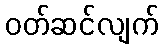
ဝတ်ဆင်လျက်